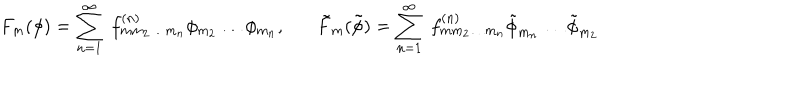
LaTeX: F _ { m } ( \phi ) = \sum _ { n = 1 } ^ { \infty } \; f _ { m m _ { 2 } \ldots m _ { n } } ^ { ( n ) } \phi _ { m _ { 2 } } \ldots \phi _ { m _ { n } } , \tilde { F } _ { m } ( \tilde { \phi } ) = \sum _ { n = 1 } ^ { \infty } \; f _ { m m _ { 2 } \ldots m _ { n } } ^ { ( n ) } \tilde { \phi } _ { m _ { n } } \ldots \tilde { \phi } _ { m _ { 2 } }